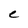
Character: C